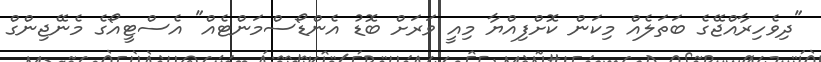
"ދިވެހިރާއްޖޭގެ ބަތަލެއް މިކަން ކޮށްފިއްޔާ މިއީ ވަރަށް ބޮޑު އެންޑޯސްމަންޓެއް" އެސްޓީއޯގެ މެނޭޖިންގް